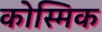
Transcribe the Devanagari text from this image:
कोस्मिक